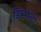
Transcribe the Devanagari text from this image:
डिसरेली